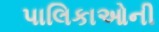
પાલિકાઓની